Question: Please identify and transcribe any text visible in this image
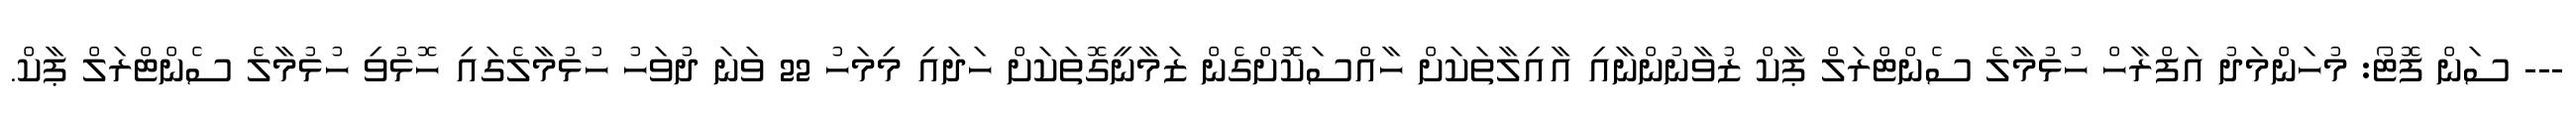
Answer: --- ސަން ފޮޓޯ: މުހަންމަދު އަފްރާހް ހުޅުމާލެ ސެންޓްރަލް ޕާކް ޒުވާނުންނާއި އާއިލާތަކަށް ހާއްސަކޮށްގެން ޒަމާނީގޮތަކަށް ހަދައި މިމަހު 22 ވަނަ ދުވަހު ހުޅުމާލެގައި ހޮޅުވި ހުޅުމާލެ ސެންޓްރަލް ޕާކް.